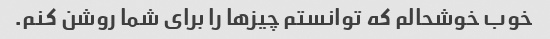
خوب خوشحالم که توانستم چیزها را برای شما روشن کنم.